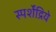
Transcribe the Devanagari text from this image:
स्पर्शेंद्रिये